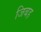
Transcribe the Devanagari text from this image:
जिबह